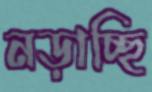
নড়াচ্ছি